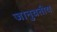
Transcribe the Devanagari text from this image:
जानुवतीय